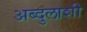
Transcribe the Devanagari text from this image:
अब्दुलाशी